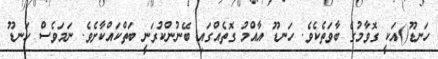
ހަނޑޫ()އަކީ ގޮވާމުގެ ބާވަތެކެވެ. ހަނޑޫ އާއްމު ގޮތެއްގައި ބޭނުންކުރަނީ ބަތްކައްކާށެވެ. ނަމަވެސް ހަނޑޫ